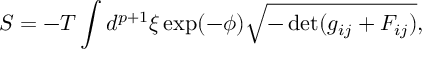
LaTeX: S = - T \int d ^ { p + 1 } \xi \exp ( - \phi ) \sqrt { - \operatorname * { d e t } ( g _ { i j } + { \cal F } _ { i j } ) } ,